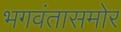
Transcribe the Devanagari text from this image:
भगवंतासमोर